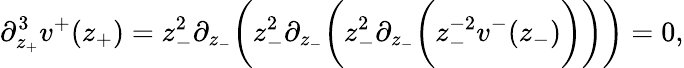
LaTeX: \partial_{z_{+}}^{3}v^{+}(z_{+})=z_{-}^{2}\partial_{z_{-}}\bigg(z_{-}^{2}\partial_{z_{-}}\bigg(z_{-}^{2}\partial_{z_{-}}\bigg(z_{-}^{-2}v^{-}(z_{-})\bigg)\bigg)\bigg)=0,